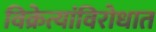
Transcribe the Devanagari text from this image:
विक्रेत्यांविरोधात